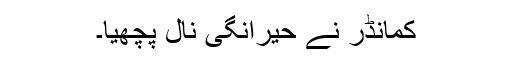
کمانڈر نے حیرانگی نال پچھیا۔